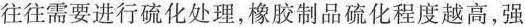
往往需要进行硫化处理，橡胶制品硫化程度越高，强